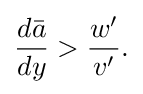
{\begin{aligned}{\frac {d{\bar {a}}}{dy}}>{\frac {w'}{v'}}.\end{aligned}}